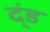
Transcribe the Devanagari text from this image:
द्ंड